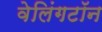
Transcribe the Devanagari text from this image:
वेलिंगटॉन